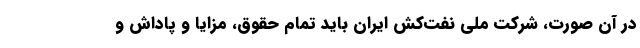
در آن صورت، شرکت ملی نفت‌کش ایران باید تمام حقوق، مزایا و پاداش و